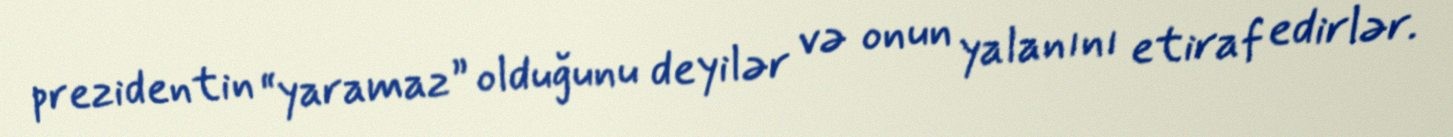
prezidentin “yaramaz” olduğunu deyilər və onun yalanını etiraf edirlər.